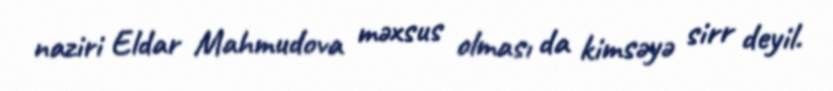
naziri Eldar Mahmudova məxsus olması da kimsəyə sirr deyil.